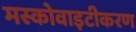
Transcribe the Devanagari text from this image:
मस्कोवाइटीकरण